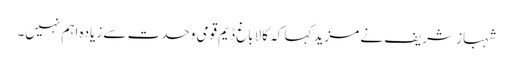
شہباز شریف نے مزید کہا کہ کالاباغ ڈیم قومی وحدت سے زیادہ اہم نہیں۔